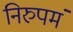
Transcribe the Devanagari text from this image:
निरुपमं